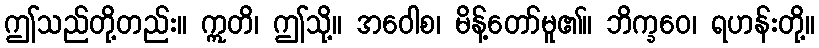
ဤသည်တို့တည်း။ ဣတိ၊ ဤသို့။ အဝေါစ၊ မိန့်တော်မူ၏။ ဘိက္ခဝေ၊ ရဟန်းတို့။